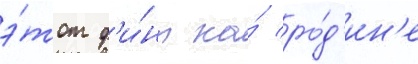
э́тот ф'и́нт на́ ро́д'ин'е